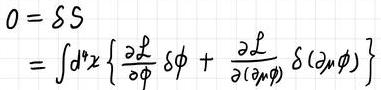
\[
\begin{align*}
0&=\delta S\\
&=\int d^4x\left\{\frac{\partial \mathcal{L}}{\partial \phi}\delta \phi+\frac{\partial \mathcal{L}}{\partial (\partial_\mu\phi)}\delta(\partial_\mu\phi)\right\}
\end{align*}
\]